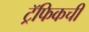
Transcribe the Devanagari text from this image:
ट्रॅफिकची